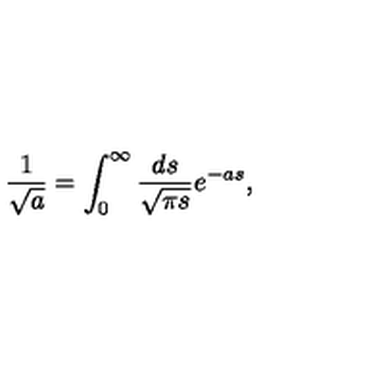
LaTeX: \frac { 1 } { \sqrt { a } } = \int _ { 0 } ^ { \infty } \frac { d s } { \sqrt { \pi s } } e ^ { - a s } ,